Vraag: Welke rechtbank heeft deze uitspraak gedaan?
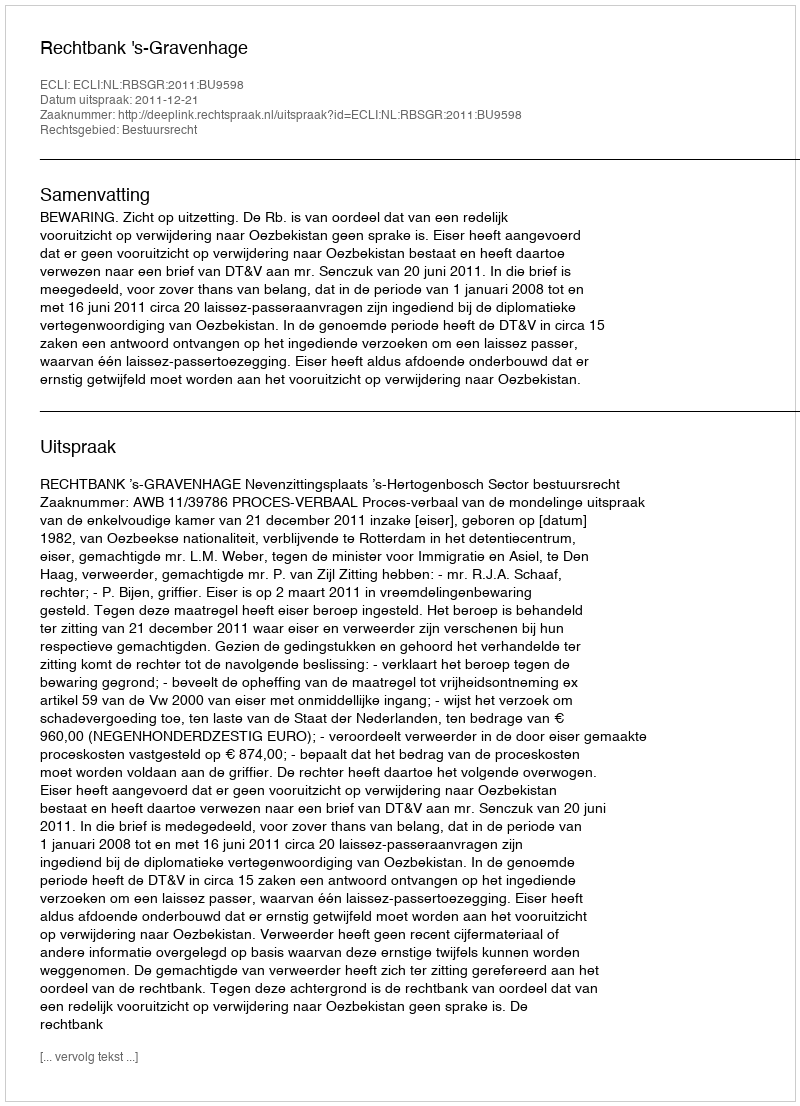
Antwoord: Rechtbank 's-Gravenhage